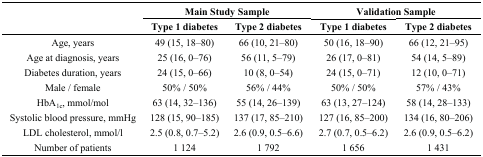
<table><thead><tr><td rowspan="2"></td><td colspan="2"><b>Main Study Sample</b></td><td colspan="2"><b>Validation Sample</b></td></tr><tr><td><b>Type 1 diabetes </b></td><td><b>Type 2 diabetes</b></td><td><b>Type 1 diabetes </b></td><td><b>Type 2 diabetes</b></td></tr></thead><tbody><tr><td>Age, years</td><td>49 (15, 18–80)</td><td>66 (10, 21–80)</td><td>50 (16, 18–90)</td><td>66 (12, 21–95)</td></tr><tr><td>Age at diagnosis, years</td><td>25 (16, 0–76)</td><td>56 (11, 5–79)</td><td>26 (17, 0–81)</td><td>54 (14, 5–89)</td></tr><tr><td>Diabetes duration, years</td><td>24 (15, 0–66)</td><td>10 (8, 0–54)</td><td>24 (15, 0–71)</td><td>12 (10, 0–71)</td></tr><tr><td>Male / female</td><td>50% / 50%</td><td>56% / 44%</td><td>50% / 50%</td><td>57% / 43%</td></tr><tr><td>HbA<sub>1c</sub>, mmol/mol</td><td>63 (14, 32–136)</td><td>55 (14, 26–139)</td><td>63 (13, 27–124)</td><td>58 (14, 28–133)</td></tr><tr><td>Systolic blood pressure, mmHg</td><td>128 (15, 90–185)</td><td>137 (17, 85–210)</td><td>127 (16, 85–200)</td><td>134 (16, 80–206)</td></tr><tr><td>LDL cholesterol, mmol/l</td><td>2.5 (0.8, 0.7–5.2)</td><td>2.6 (0.9, 0.5–6.6)</td><td>2.7 (0.7, 0.5–6.2)</td><td>2.6 (0.9, 0.5–6.2)</td></tr><tr><td>Number of patients</td><td>1 124</td><td>1 792</td><td>1 656</td><td>1 431</td></tr></tbody></table>